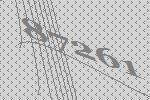
87261